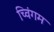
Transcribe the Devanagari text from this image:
च्विंगम